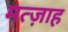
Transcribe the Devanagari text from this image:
मत्ज़ाह